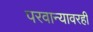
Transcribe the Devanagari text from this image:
परवान्यावरही